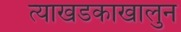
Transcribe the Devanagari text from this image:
त्याखडकाखालुन